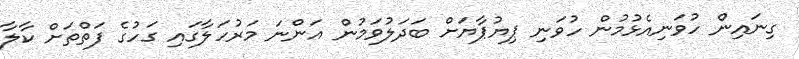
ގިނައިން ހުވަނިއެޅުމުން ހުވަނި ޕިޔުޕާޔަށް ބަދަލުވަމުން އަންނަ މަރުހަލާގައި ގަހުގެ ފަތްތަށް ކާލާ